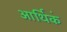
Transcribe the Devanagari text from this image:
आर्थिकं